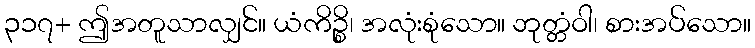
၃၁၇+ ဤအတူသာလျှင်။ ယံကိဉ္စိ၊ အလုံးစုံသော။ ဘုတ္တံဝါ၊ စားအပ်သော။